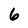
Character: 6